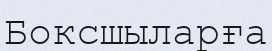
Боксшыларға